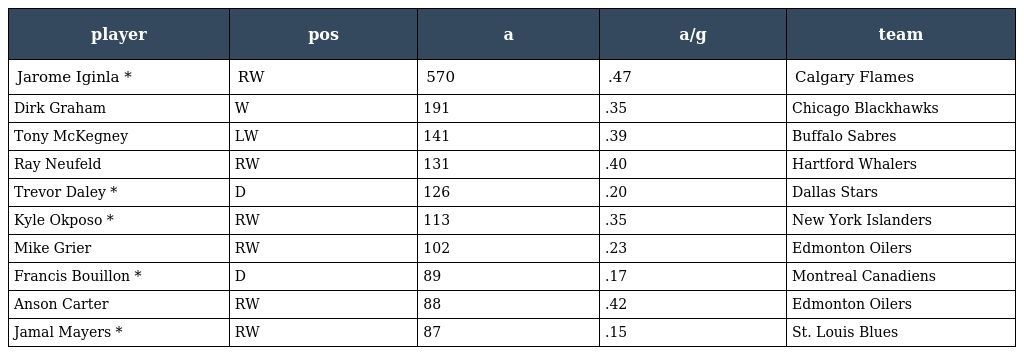
| player | pos | a | a/g | team |
 | --- | --- | --- | --- | --- |
 | Jarome Iginla * | RW | 570 | .47 | Calgary Flames |
 | Dirk Graham | W | 191 | .35 | Chicago Blackhawks |
 | Tony McKegney | LW | 141 | .39 | Buffalo Sabres |
 | Ray Neufeld | RW | 131 | .40 | Hartford Whalers |
 | Trevor Daley * | D | 126 | .20 | Dallas Stars |
 | Kyle Okposo * | RW | 113 | .35 | New York Islanders |
 | Mike Grier | RW | 102 | .23 | Edmonton Oilers |
 | Francis Bouillon * | D | 89 | .17 | Montreal Canadiens |
 | Anson Carter | RW | 88 | .42 | Edmonton Oilers |
 | Jamal Mayers * | RW | 87 | .15 | St. Louis Blues |